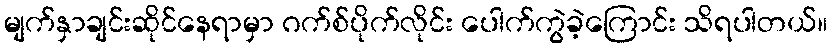
မျက်နှာချင်းဆိုင်နေရာမှာ ဂက်စ်ပိုက်လိုင်း ပေါက်ကွဲခဲ့ကြောင်း သိရပါတယ်။